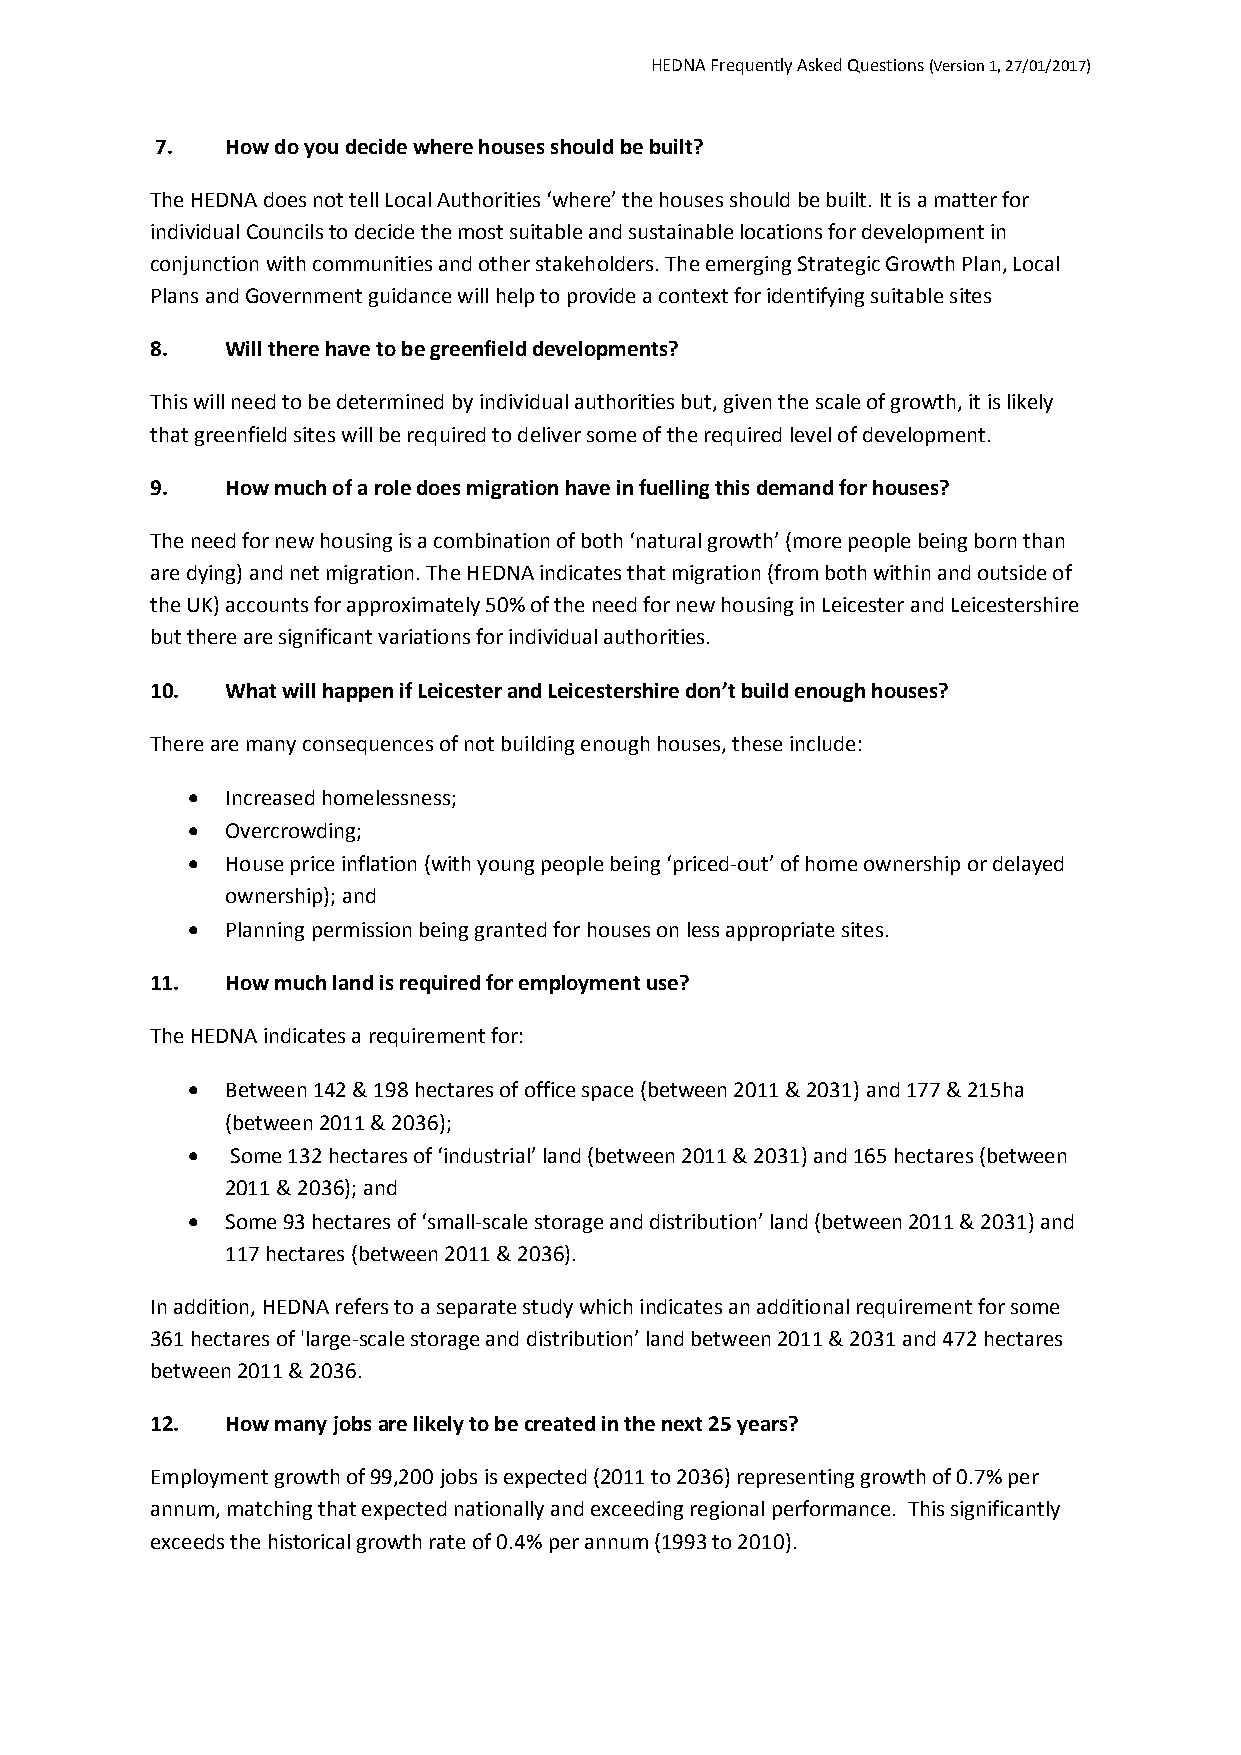
HEDNA Frequently Asked Questions (Version 1, 27/01/2017)
 7.   How do you decide where houses should be built?
 The HEDNA does not tell Local Authorities ‘where’ the houses should be built. It is a matter for
 individual Councils to decide the most suitable and sustainable locations for development in
 conjunction with communities and other stakeholders. The emerging Strategic Growth Plan, Local
 Plans and Government guidance will help to provide a context for identifying suitable sites
 8.   Will there have to be greenfield developments?
 This will need to be determined by individual authorities but, given the scale of growth, it is likely
 that greenfield sites will be required to deliver some of the required level of development.
 9.   How much of a role does migration have in fuelling this demand for houses?
 The need for new housing is a combination of both ‘natural growth’ (more people being born than
 are dying) and net migration. The HEDNA indicates that migration (from both within and outside of
 the UK) accounts for approximately 50% of the need for new housing in Leicester and Leicestershire
 but there are significant variations for individual authorities.
 10.  What will happen if Leicester and Leicestershire don’t build enough houses?
 There are many consequences of not building enough houses, these include:
   Increased homelessness;
   Overcrowding;
   House price inflation (with young people being ‘priced-out’ of home ownership or delayed
 ownership); and
   Planning permission being granted for houses on less appropriate sites.
 11.  How much land is required for employment use?
 The HEDNA indicates a requirement for:
   Between 142 & 198 hectares of office space (between 2011 & 2031) and 177 & 215ha
 (between 2011 & 2036);
   Some 132 hectares of ‘industrial’ land (between 2011 & 2031) and 165 hectares (between
 2011 & 2036); and
   Some 93 hectares of ‘small-scale storage and distribution’ land (between 2011 & 2031) and
 117 hectares (between 2011 & 2036).
 In addition, HEDNA refers to a separate study which indicates an additional requirement for some
 361 hectares of 'large-scale storage and distribution’ land between 2011 & 2031 and 472 hectares
 between 2011 & 2036.
 12.  How many jobs are likely to be created in the next 25 years?
 Employment growth of 99,200 jobs is expected (2011 to 2036) representing growth of 0.7% per
 annum, matching that expected nationally and exceeding regional performance. This significantly
 exceeds the historical growth rate of 0.4% per annum (1993 to 2010).